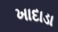
ખાદાડા